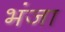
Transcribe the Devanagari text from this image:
भंजा